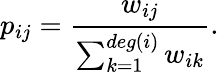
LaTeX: p_{ij}=\frac{w_{ij}}{\sum_{k=1}^{deg(i)}w_{ik}}.